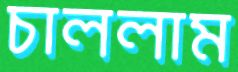
চাললাম